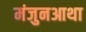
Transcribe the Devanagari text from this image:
मंजुनआथा